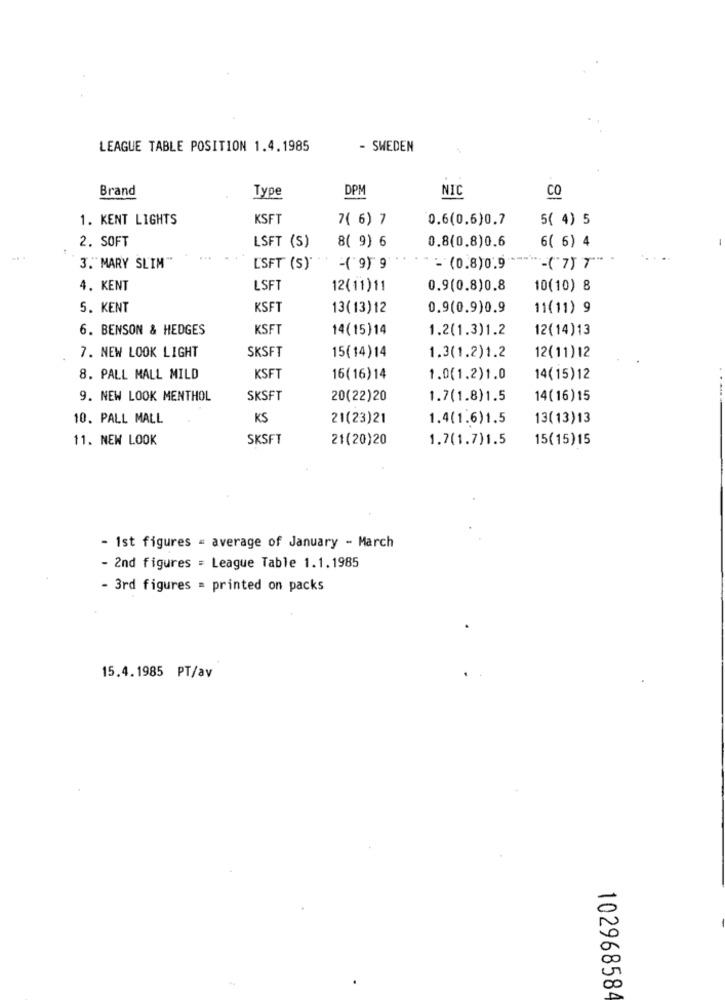
LEAGUE TABLE POSITION 1.4.1985
- SWEDEN
Brand
Type
DPM
NIC
CO
1. KENT LIGHTS
KSFT
7( 6) 7
0.6(0.6)0.7
5( 4) 5
0.8(0.8)0.6
2. SOFT
LSFT (S)
8( 9) 6
6( 6) 4
3."MARY SLIM"
LSFT (S)
-( 9) 9
- (0.8)0.9*
4. KENT
LSFT
12(11)11
0.9(0.8)0.8
10(10) 8
5. KENT
KSFT
13(13)12
0.9(0.9)0.9
11(11) 9
6. BENSON & HEDGES
KSFT
14(15) 14
1.2(1.3)1.2
12(14)13
SKSFT
7. NEW LOOK LIGHT
15(14)14
1.3(1.2)1.2
12(11) 12
8. PALL MALL MILD
KSFT
16( 16)14
1.0(1.2)1.0
14(15)12
9. NEW LOOK MENTHOL
SKSFT
20(22)20
1.7(1.8)1.5
14(16) 15
10. PALL MALL
KS
21(23)21
1.4(1.6)1.5
13( 13)13
11. NEW LOOK
SKSFT
21(20)20
1.7(1.7)1.5
15(15)15
- 1st figures = average of January - March
- 2nd figures = League Table 1.1.1985
- 3rd figures = printed on packs
15.4.1985 PT/av
10296858